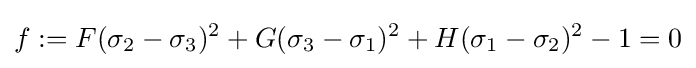
f:=F(\sigma _{2}-\sigma _{3})^{2}+G(\sigma _{3}-\sigma _{1})^{2}+H(\sigma _{1}-\sigma _{2})^{2}-1=0